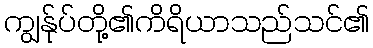
ကျွန်ုပ်တို့၏ကိရိယာသည်သင်၏